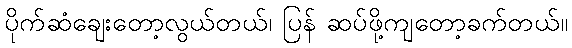
ပိုက်ဆံချေးတော့လွယ်တယ်၊ ပြန် ဆပ်ဖို့ကျတော့ခက်တယ်။